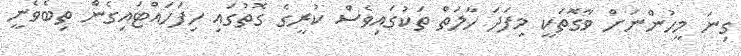
ގިނަ މީހުންނަށް ވާގޮތަކީ މިފަދަ ހާލަތް ތަކުގައިވެސް ކުރީގެ ގޮތުގައި ހިފަހައްޓައިގެން ތިބެވެނީ